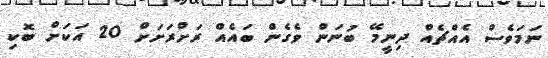
ނަމަވެސް އެއްޗެއް ދިނީމޭ ބުނަން ވެގެން ބައެއް ރަށްރަށަށް 20 އަކަށް ބޮކި